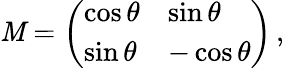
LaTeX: \mathit{M}=\left(\begin{array}{ll}{\cos\theta}&{\sin\theta}\\ {\sin\theta}&{-\cos\theta}\end{array}\right)\, ,